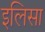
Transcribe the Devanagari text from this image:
इलिसा